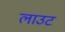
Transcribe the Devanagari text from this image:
लाउट